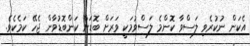
އެކަން ނުކުރެވި ލަސްވާ ކޮންމެ ލަސްވުމަކީ ވަރަށް ބޮޑަށް ކަންބޮޑުވާން ޖެހޭ ކަމެކެވެ.